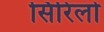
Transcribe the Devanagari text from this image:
सिरिलो